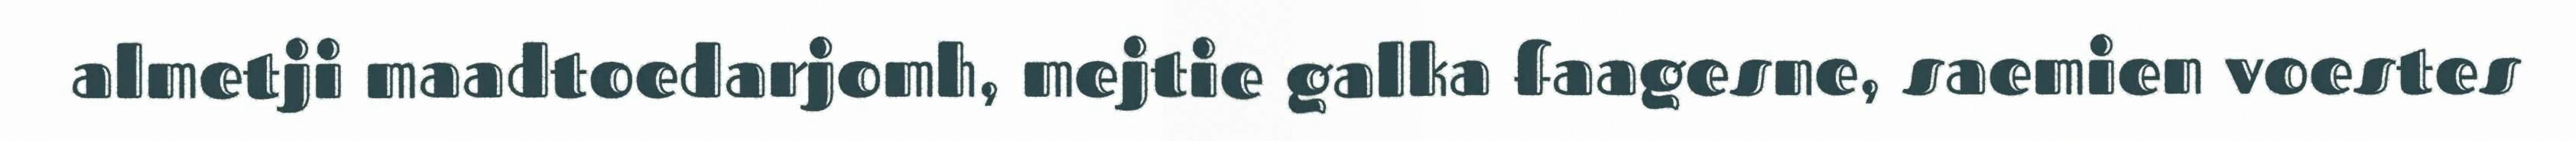
almetji maadtoedarjomh, mejtie galka faagesne, saemien voestes